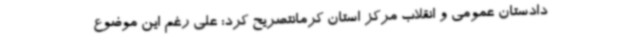
دادستان عمومی و انقلاب مرکز استان کرمانتصریح کرد: علی رغم این موضوع